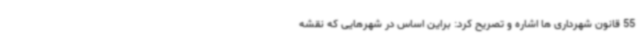
55 قانون شهرداری ها اشاره و تصریح کرد: براین اساس در شهرهایی که نقشه